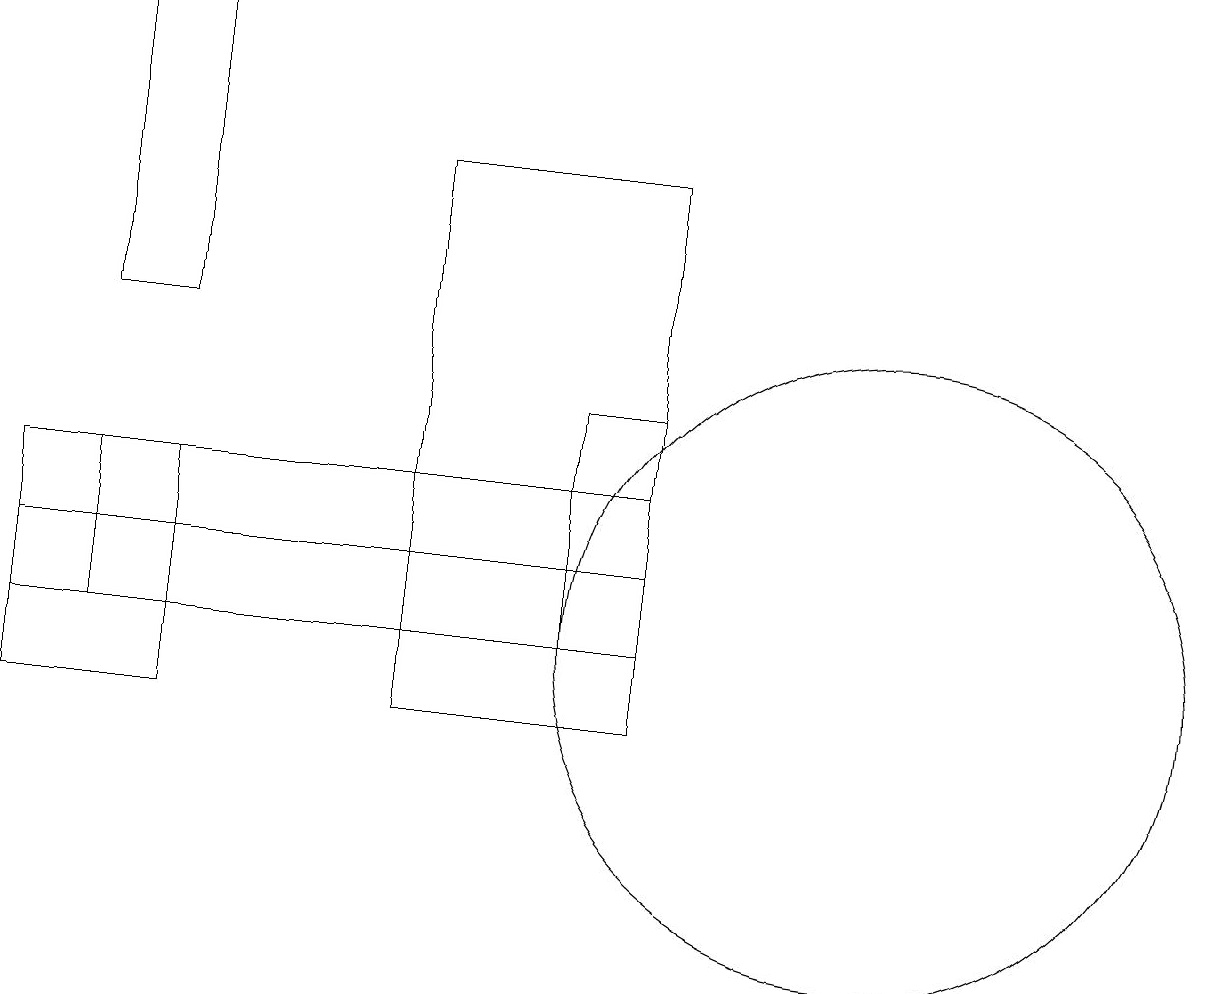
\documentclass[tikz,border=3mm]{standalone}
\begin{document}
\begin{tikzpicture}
\draw (11,11) circle (4);
\draw (1,15) rectangle (2,19);
\draw (7,12) rectangle (8,14);
\draw (0,11) rectangle (7,12);
\draw (1,11) rectangle (8,13);
\draw (8,10) rectangle (5,17);
\draw (2,10) rectangle (0,13);
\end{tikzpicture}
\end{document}